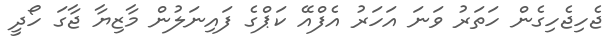
ޖެހިޖެހިގެން ހަތަރު ވަނަ އަހަރު އެފްއޭ ކަޕްގެ ފައިނަލުން މާޒިޔާ ޖާގަ ހޯދީ